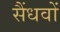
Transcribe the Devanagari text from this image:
सैंधवों